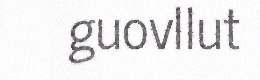
guovllut